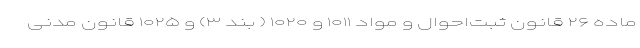
ماده ۲۶ قانون ثبت‌احوال و مواد ۱۰۱۱ و ۱۰۲۰ ( بند ۳) و ۱۰۲۵ قانون مدنی